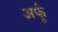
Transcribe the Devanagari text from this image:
अर्फू